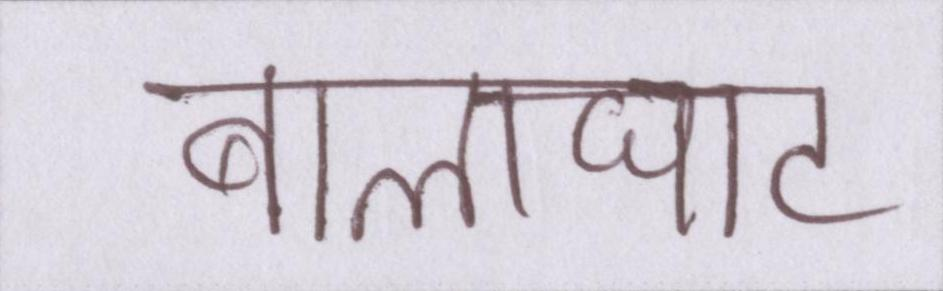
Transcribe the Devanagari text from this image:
बालाघाट